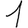
Digit: 1